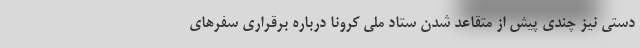
دستی نیز چندی پیش از متقاعد شدن ستاد ملی کرونا درباره برقراری سفرهای